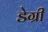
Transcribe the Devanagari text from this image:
डेग्री